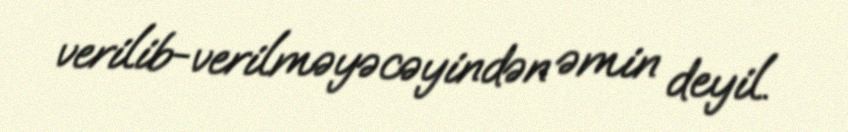
verilib-verilməyəcəyindən əmin deyil.